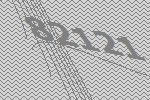
82121